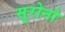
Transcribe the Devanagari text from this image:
सुरोनो